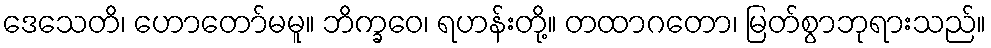
ဒေသေတိ၊ ဟောတော်မမူ။ ဘိက္ခဝေ၊ ရဟန်းတို့။ တထာဂတော၊ မြတ်စွာဘုရားသည်။